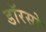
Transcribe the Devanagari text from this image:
डॉरसो